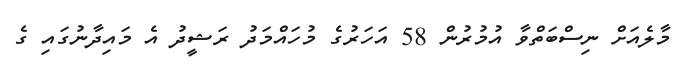
މާލެއަށް ނިސްބަތްވާ އުމުރުން 58 އަހަރުގެ މުހައްމަދު ރަޝީދު އެ މައިދާނުގައި ގެ